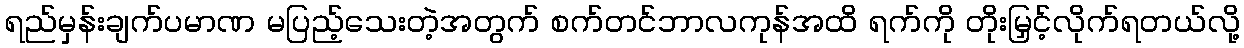
ရည်မှန်းချက်ပမာဏ မပြည့်သေးတဲ့အတွက် စက်တင်ဘာလကုန်အထိ ရက်ကို တိုးမြှင့်လိုက်ရတယ်လို့